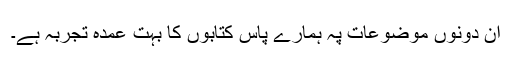
ان دونوں موضوعات پہ ہمارے پاس کتابوں کا بہت عمدہ تجربہ ہے۔